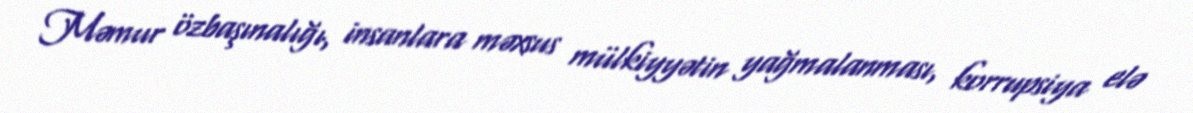
Məmur özbaşınalığı, insanlara məxsus mülkiyyətin yağmalanması, korrupsiya elə